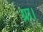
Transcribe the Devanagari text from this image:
ग्रा।